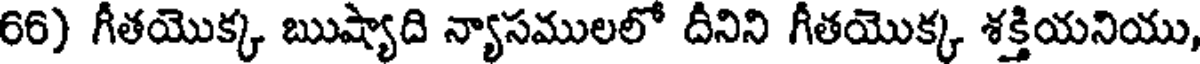
66) గీతయొక్క ఋష్యాది న్యాసములలో దీనిని గీతయొక్క శక్తియనియు,